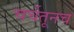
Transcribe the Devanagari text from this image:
चर्चेतूनच